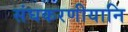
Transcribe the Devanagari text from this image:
संघकरणीयानि